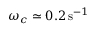
\omega _ { c } \simeq 0 . 2 \, { \mathrm { s } } ^ { - 1 }